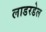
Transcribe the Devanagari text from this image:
लाडरडेल